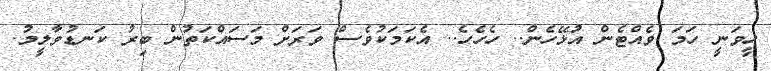
ހީވަނީ ހަމަ ވެއްޓެން އުޅޭހެން.. ހެހެހެ.. އެކަމަކުވެސް ވަރަށް މަސައްކަތުން ބިރު ކަނޑުވާލީމު.